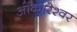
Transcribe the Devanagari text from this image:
ओेंकारेश्वर